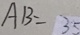
A B = 3 5